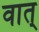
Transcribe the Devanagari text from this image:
वात्